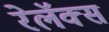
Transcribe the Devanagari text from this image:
रेलॅक्स